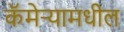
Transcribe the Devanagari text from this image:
कॅमेऱ्यामधील